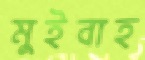
মুইবাহ